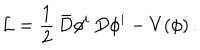
LaTeX: { \cal L } = \frac { 1 } { 2 } \, \bar { D } \phi ^ { i } \, D \phi ^ { i } - V ( \phi ) \, .